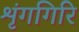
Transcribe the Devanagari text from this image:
शृंगगिरि